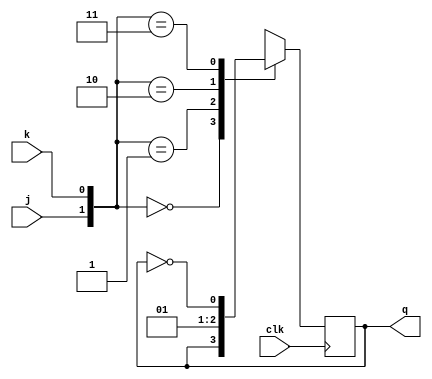
`timescale 1ns / 1ps
//////////////////////////////////////////////////////////////////////////////////
// Company: 
// Engineer: 
// 
// Design Name: 
// Module Name: jk_flipflop
// Project Name: 
// Target Devices: 
// Tool Versions: 
// Description: 
// 
// Dependencies: 
// 
// Revision:
// Revision 0.01 - File Created
// Additional Comments:
// 
//////////////////////////////////////////////////////////////////////////////////


module jk_flipflop(
    input j,
    input k,
    input clk,
    output reg q
    );
    always@(posedge clk)
    begin
    case({j,k})
    2'b00:q<=q;
    2'b01:q<=0;
    2'b10:q<=1;
    2'b11:q<=(~q);
    endcase
    end
endmodule